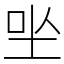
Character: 㘴